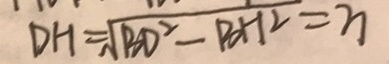
D H = \sqrt { B D ^ { 2 } - B H ^ { 2 } } = 3